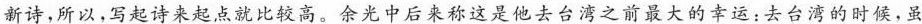
新诗，所以，写起诗来起点就比较高。余光中后来称这是他去台湾之前最大的幸运：去台湾的时候，虽